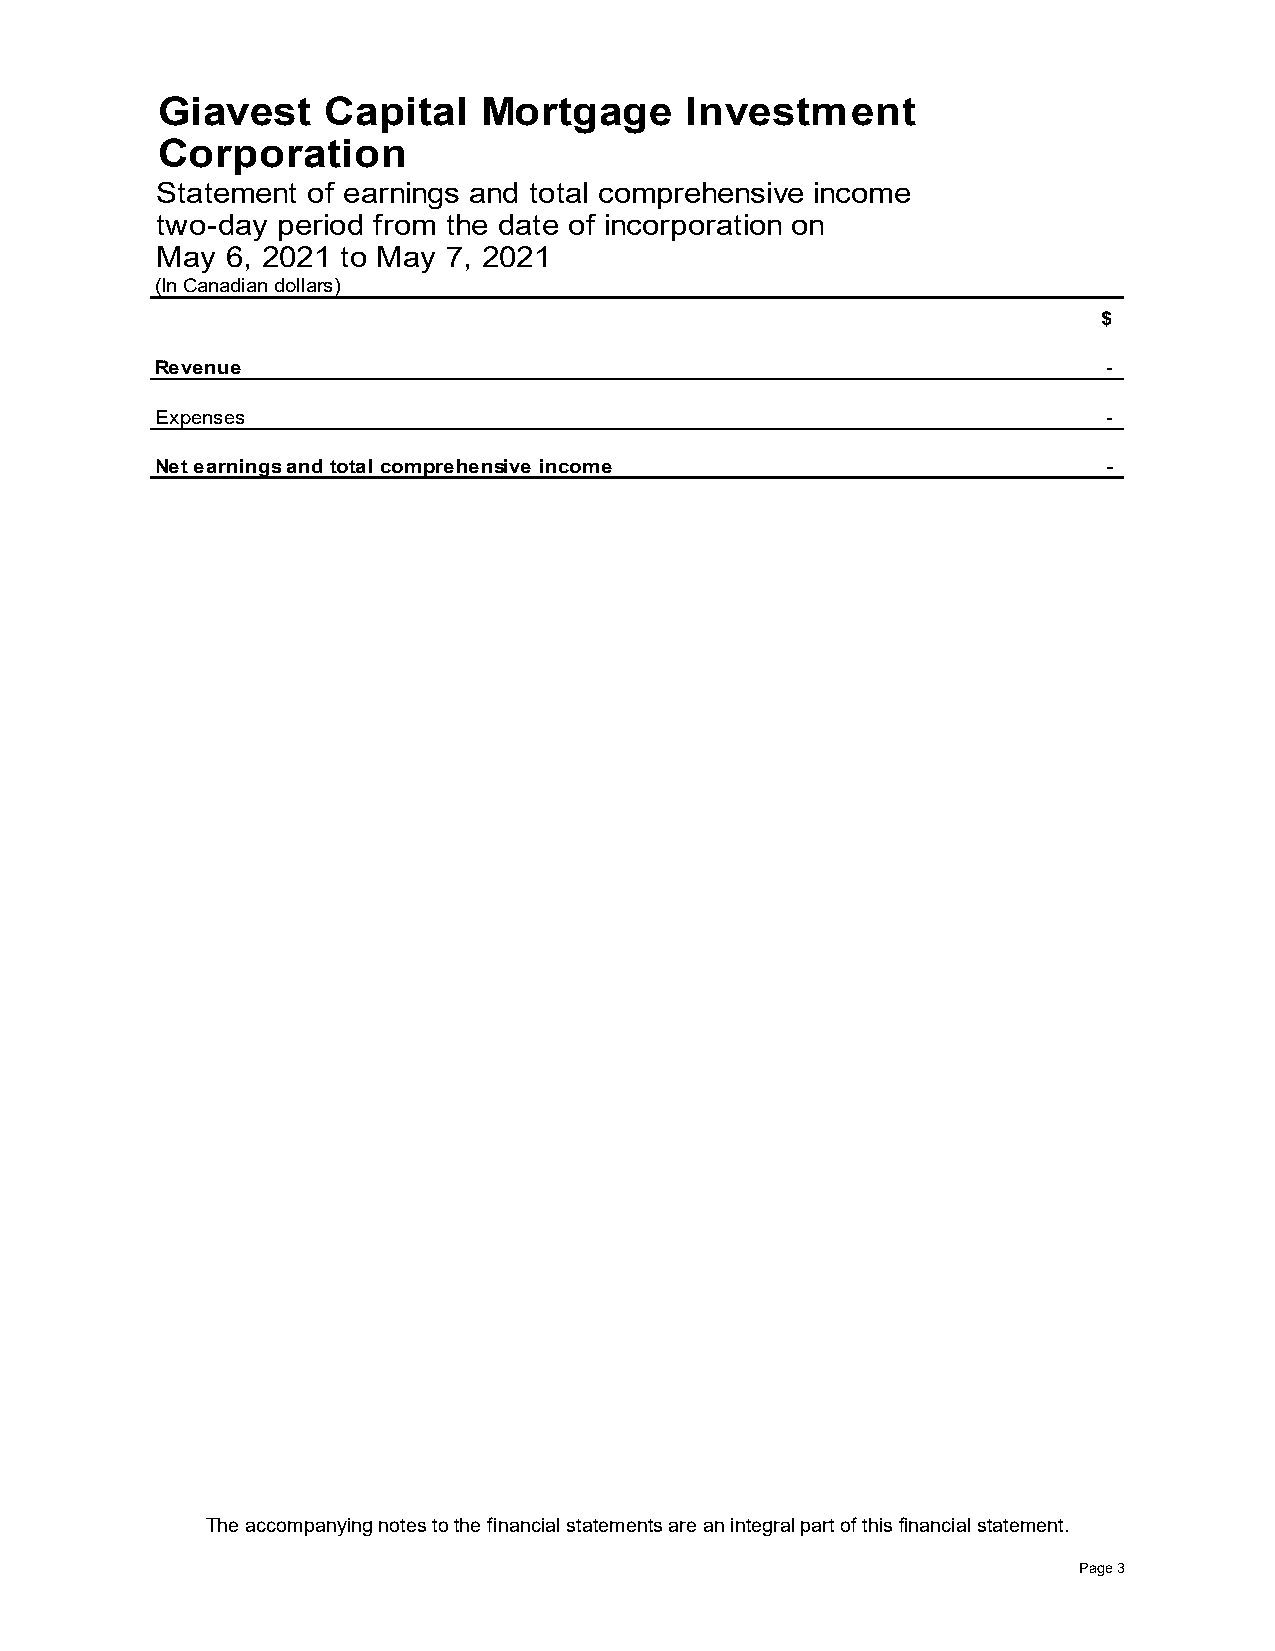
Giavest    Capital    Mortgage     Investment
 Corporation
 Statement of earnings and total comprehensive income
 two-day period from the date of incorporation on
 May  6, 2021 to May 7, 2021
 (In Canadian dollars)
 $
 Revenue                                                        -
 Expenses                                                       -
 Net earnings and total comprehensive income                    -
 The accompanying notes to the financial statements are an integral part of this financial statement.
 Page 3